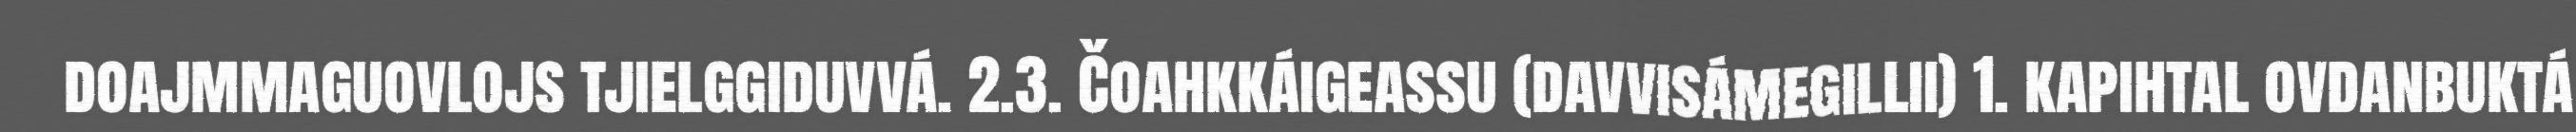
doajmmaguovlojs tjielggiduvvá. 2.3. Čoahkkáigeassu (davvisámegillii) 1. kapihtal ovdanbuktá